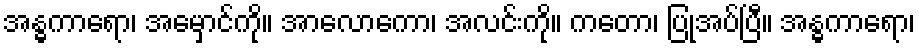
အန္ဓကာရော၊ အမှောင်ကို။ အာလောကော၊ အလင်းကို။ ကတော၊ ပြုအပ်ပြီ။ အန္ဓကာရော၊